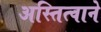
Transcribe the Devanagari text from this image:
अस्तित्वाने